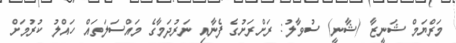
މަރްޔަމް ޝަނީޒާ (ޝާނީ) ސުވާލު: ރަށްރަށުގެ ފެނާއި ނަރުދަމާގެ މައްސަލަތައް ހައްލު ކުރުމަށް